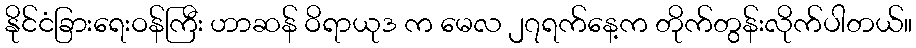
နိုင်ငံခြားရေးဝန်ကြီး ဟာဆန် ဝိရာယုဒ က မေလ ၂၇ရက်နေ့က တိုက်တွန်းလိုက်ပါတယ်။